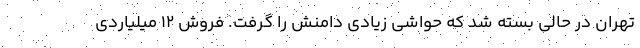
تهران در حالی بسته شد که حواشی زیادی دامنش را گرفت. فروش ۱۲ میلیاردی